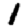
Digit: 1